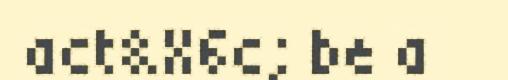
act&X6c; be a